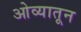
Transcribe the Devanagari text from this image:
ओव्यातून